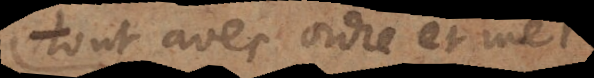
tout avec ordre et methode.